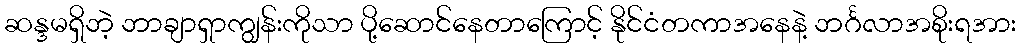
ဆန္ဒမရှိဘဲ့ ဘာချာရှာကျွန်းကိုသာ ပို့ဆောင်နေတာကြောင့် နိုင်ငံတကာအနေနဲ့ ဘင်္ဂလာအစိုးရအား